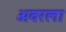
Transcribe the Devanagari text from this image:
अवरला